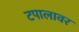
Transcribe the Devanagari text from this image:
टपालावर